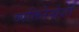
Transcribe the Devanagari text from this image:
व्यक्तिरेखेशी